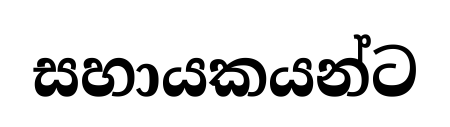
සහායකයන්ට